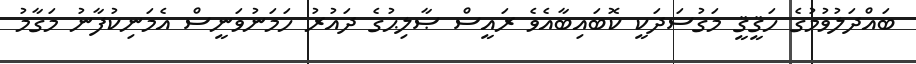
ބައްދަލުވުމުގެ ހަޤީޤީ މަގުސަދަކީ ކޮބައިބާއެވެ ރައީސް ޞާލިޙުގެ ދައުރު ހަމަނުވަނީސް އެމަނިކުފާނު މަގާމު